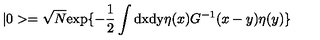
| 0 > = \sqrt N \mathrm { e x p } \{ - \frac { 1 } { 2 } \int \mathrm { d x d y } \eta ( x ) G ^ { - 1 } ( x - y ) \eta ( y ) \}